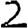
Digit: 2